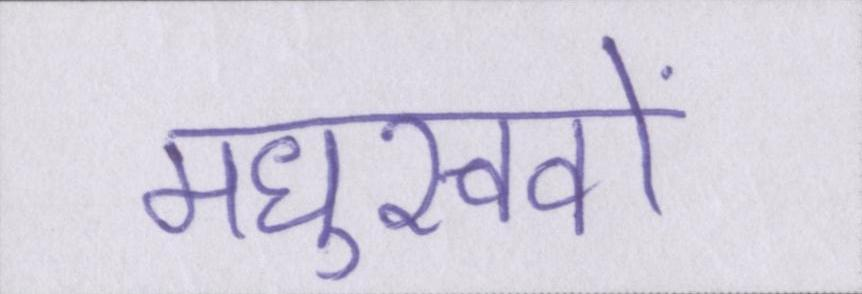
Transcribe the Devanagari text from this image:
मधुखवों